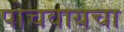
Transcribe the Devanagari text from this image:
पोचवायचा